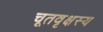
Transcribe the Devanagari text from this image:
चूतवृक्षस्य